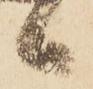
候